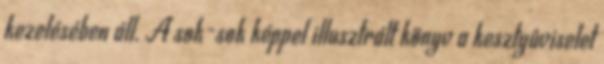
kezelésében áll. A sok-sok képpel illusztrált könyv a kesztyûviselet